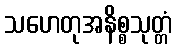
သဟေတုအနိစ္စသုတ္တံ